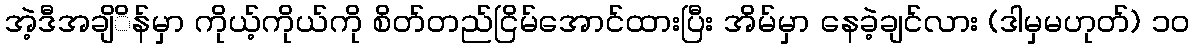
အဲ့ဒီအချိိန်မှာ ကိုယ့်ကိုယ်ကို စိတ်တည်ငြိမ်အောင်ထားပြီး အိမ်မှာ နေခဲ့ချင်လား (ဒါမှမဟုတ်) ၁၀